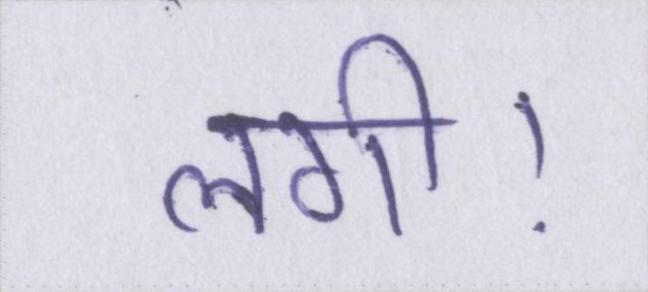
लगी।